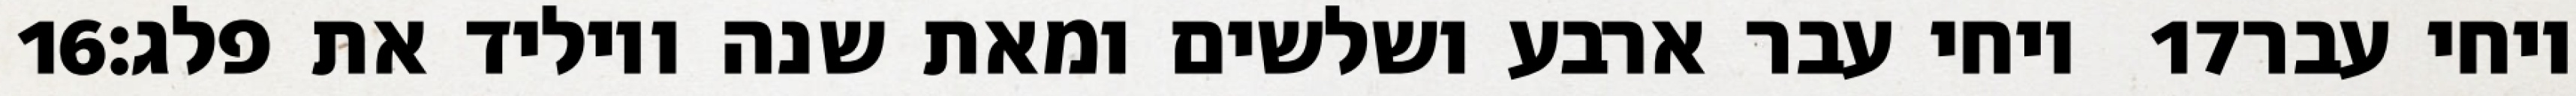
‎16‏ ויחי עבר ארבע ושלשים ומאת שנה ויוליד את פלג׃ ‎17‏ ויחי עבר